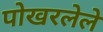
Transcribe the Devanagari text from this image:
पोखरलेले